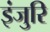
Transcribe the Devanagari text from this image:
इंजुरि